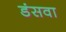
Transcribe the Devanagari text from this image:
डंसवा